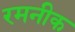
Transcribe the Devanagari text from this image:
रमनीक